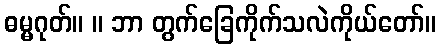
ဓမ္မဂုတ်။ ။ ဘာ တွက်ခြေကိုက်သလဲကိုယ်တော်။